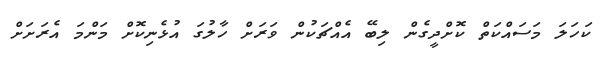
ކަހަލަ މަސައްކަތް ކޮށްދީގެން ލިބޭ އެއްޗަކުން ވަރަށް ހާލުގަ އުޅެނިކޮށް މަންމަ އެރަށަށް